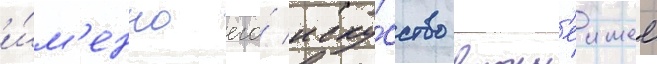
и́м'енно его́ иску́сство важн'еишее